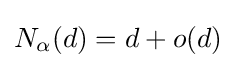
N_{\alpha }(d)=d+o(d)